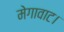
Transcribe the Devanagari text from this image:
मेगावाट।